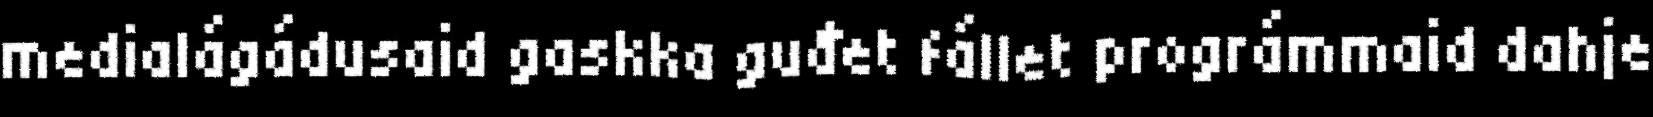
medialágádusaid gaskka guđet fállet prográmmaid dahje